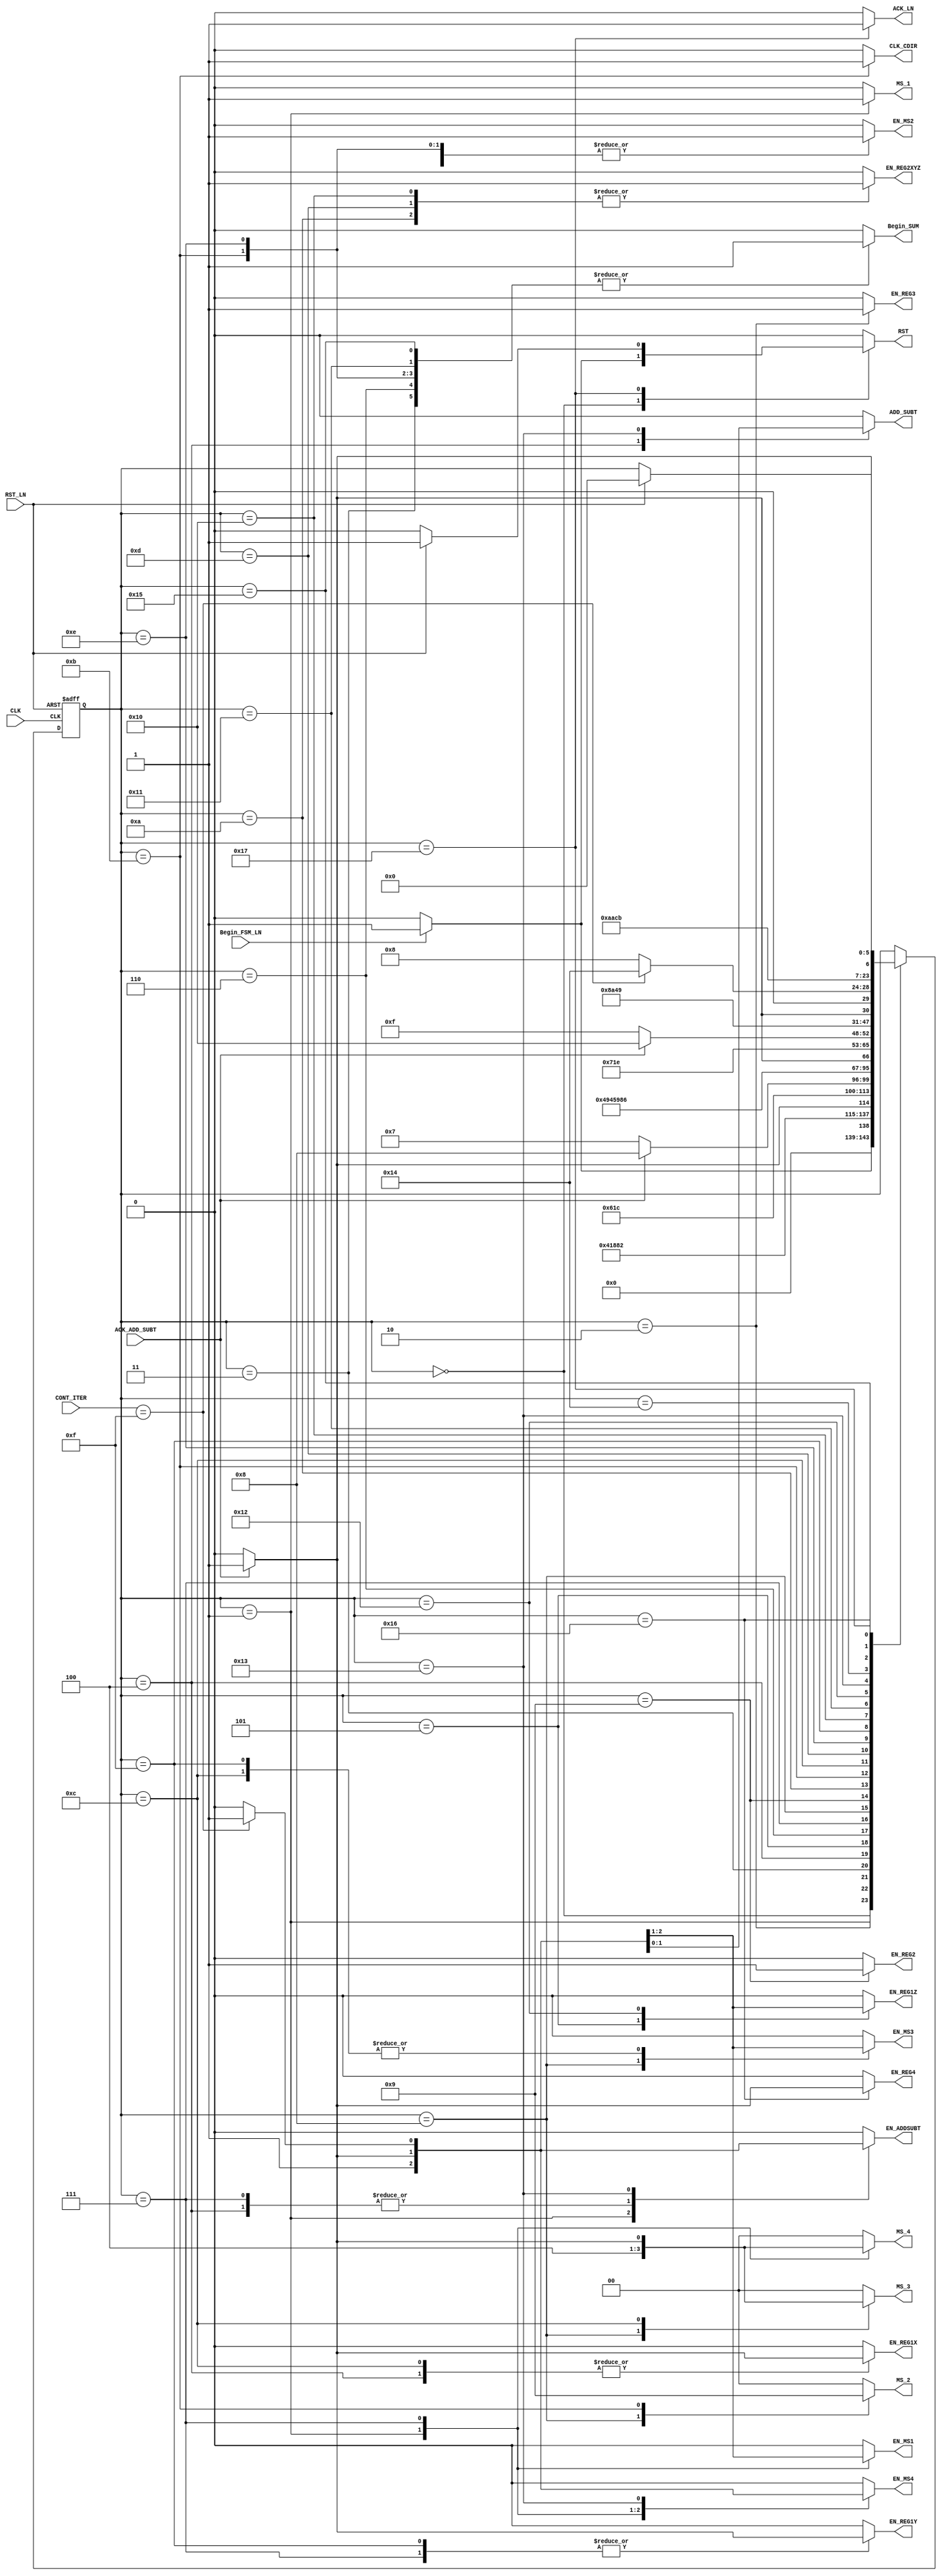
`timescale 1ns / 1ps
//////////////////////////////////////////////////////////////////////////////////
// Company: 
// Engineer: 
// 
// Design Name: 
// Module Name: FSM_C_CORDIC
// Project Name: 
// Target Devices: 
// Tool Versions: 
// Description: 
// 
// Dependencies: 
// 
// Revision:
// Revision 0.01 - File Created
// Additional Comments:
// 
//////////////////////////////////////////////////////////////////////////////////


module FSM_C_CORDIC_L(
		//INPUTS
		input wire CLK, //system clock
		input wire RST_LN, //system reset 
		input wire ACK_ADD_SUBT, // RECIBE SI LA SUMA EN FLOTANTE SE EJECUTO 
		input wire Begin_FSM_LN, //inicia la maquina de estados 
		input wire [4:0] CONT_ITER, //LLEVA LA CUENTA DE LA ITERACIONES 
		
		//OUTPUT SIGNALS
		output reg RST, //REALIZA EL RESET DE LOS REGISTROS 
        output reg MS_1,// SELECCION DEL MUX 1 
        output reg EN_REG3,  // ENABLE PARA EL REGISTRO 3 CON EL VALOR INICIAL DE T ESCALADO POR 16
        output reg EN_REG4, // ENABLE PARA EL REG 4 DEL RESULTADO FINAL 
        output reg [1:0] MS_4, //SELECCION PARA LOS MUX 4
        output reg ADD_SUBT, // SELECCION DE OPERACION PARA EL ADD/SUBT FLOTANTE 
        output reg Begin_SUM, //INICIA ADD/SUM FLOTANTE 
        output reg EN_REG1X, // ENABLE PARA EL REGISTRO X DE LA PRIMERA ETAPA 
        output reg EN_REG1Z, //ENABLE PARA EL REGISTRO Z DE LA PRIMERA ETAPA
        output reg EN_REG1Y, // ENABLE PARA EL REGISTRO Y DE LA PRIMERA ETAPA 
        output reg [1:0] MS_2, // SELECCION DEL MUX 2
        output reg [1:0] MS_3, // SELECCION DEL MUX 3
        output reg EN_REG2, // ENABLE PARA EL REGISTRO CON LOS VALORES DESPLAZADOS DE LA SEGUNDA ETAPA 
        output reg CLK_CDIR, //CLK PARA EL CONTADOR DE ITERACIONES 
        output reg EN_REG2XYZ,// ENABLE PARA EL VALOR ANTERIOR DE XYZ DE SEGUNDA ETAPA 
        output reg ACK_LN, //ACK PARA SABER SI LA OPERACION LN YA SE REALIZO 
        //registros de selectores
        output reg EN_ADDSUBT,
        output reg EN_MS1,
        output reg EN_MS2,
        output reg EN_MS3,
        output reg EN_MS4
	 );


parameter [5:0] 
    //se definen los estados que se utilizaran en la maquina
					 a = 6'd0,
				     b = 6'd1,
					 c = 6'd2,
					 d = 6'd3,
					 e = 6'd4,
					 f = 6'd5,
					 g = 6'd6, 
					 h = 6'd7,   
					 i = 6'd8,
					 j = 6'd9, 
					 k = 6'd10,                          
					 l = 6'd11,  
					 m = 6'd12,
					 n = 6'd13,
					 o = 6'd14,
					 p = 6'd15, 
					 q = 6'd16, 
					 r = 6'd17,
					 s = 6'd18, 
					 t = 6'd19,
                     u = 6'd20,  
					 v = 6'd21, 
					 w = 6'd22,
					 x = 6'd23,
					 y = 6'd24,
	                 z = 6'd25;
					
reg [5:0] state_reg, state_next ; //state registers declaration

////
always @(posedge CLK, posedge RST_LN)
	if (RST_LN) begin
		state_reg <= a;	
	end
	else begin
		state_reg <= state_next;
	end

//assign State = state_reg;
///	
always @*
	begin
	state_next = state_reg;
	
	EN_REG2 = 0;
    EN_REG3 = 0;
    EN_REG4 = 0;
    EN_REG1X = 0;
    EN_REG1Y = 0;
    EN_REG1Z = 0;
    EN_REG2XYZ = 0;
    Begin_SUM = 0;
    ACK_LN = 0;
    CLK_CDIR = 0;
    RST = 0;
    MS_1 = 0;
    MS_2 = 2'b00;
    MS_3 = 2'b00;
    MS_4 = 2'b00;
    
    ADD_SUBT = 0;
    EN_ADDSUBT = 0;
    EN_MS1 = 0;
    EN_MS2 = 0;
    EN_MS3 = 0;
    EN_MS4 = 0;
    //nuevos estados 
    
    
    
case(state_reg)
            a: 
            begin
                
                if(Begin_FSM_LN) 
                    begin
                    RST = 1;
                    ACK_LN = 0; 
                    state_next = b;
                    
                    end
                else
                    state_next = a;
            end
            
            b:
            begin
                MS_1 = 1;
                EN_MS1 = 1;
                MS_4 = 2'b10;
                EN_MS4 = 1;
                ADD_SUBT = 0;
                EN_ADDSUBT = 1;//
                state_next = c;
            end
            
            
            c:
            begin
                EN_REG3 = 1;
                state_next = d;
            end
        
            d:
            begin
                Begin_SUM = 1;
                state_next = e;
            end
            
            e:
            begin
                
                if(ACK_ADD_SUBT)
                    begin 
                    EN_REG1X = 1;
                    ADD_SUBT = 1;
                    EN_ADDSUBT = 1;
                    state_next = f;
                    end
                else
                    state_next = e;
            end
            
            f:
            begin
                EN_REG1Z = 1;
                state_next = g;
            end
            
            g:
            begin
                Begin_SUM = 1;
                state_next = h;
            end
                             
            h:
            begin
                            
                if(ACK_ADD_SUBT)
                    begin 
                    EN_REG1Y = 1;
                    MS_1 = 0;
                    EN_MS1 = 1;
                    MS_4 = 2'b01;
                    EN_MS4 = 1;
                    ADD_SUBT = 0;
                    EN_ADDSUBT = 1;//
                    state_next = i;
                    end
                else
                   state_next = h;
            end
            
            i:
            begin
                MS_2 = 2'b10;
                EN_MS2 = 1;
                MS_3 = 2'b10;
                EN_MS3 = 1;

                state_next = j;
            end
            
                        
            j:
            begin
                EN_REG2 = 1;
                state_next = k;
            end
    
            k:
            begin
                EN_REG2XYZ = 1;
                state_next = l;
            end
            
            l:
            begin
                Begin_SUM = 1;
                EN_MS2 = 1;
                CLK_CDIR = 1;
                MS_2 = 2'b01;
                state_next = m;
            end

            m:
            begin
                            
                if(ACK_ADD_SUBT)
                   begin 
                   EN_REG1X = 1;
                   MS_3 = 2'b01;
                   EN_MS3 = 1;
                   state_next = n;
                   end
                else
                   state_next = m;
            end 
            ///////////////////////////////////////
            n:
            begin
                EN_REG2XYZ = 1;
                state_next = o;
            end          
            
            o:
            begin
                Begin_SUM = 1;
                EN_MS2 = 1;
                MS_2 = 2'b00;
                state_next = p;
            end
            
            p:
            begin
                           
                if(ACK_ADD_SUBT)
                    begin 
                    EN_REG1Y = 1;
                    MS_3 = 2'b00;
                    EN_MS3 = 1;
                    state_next = q;
                    end
                else
                   state_next = p;
            end  
    
            q:
            begin
                EN_REG2XYZ = 1;
                state_next = r;
            end          
            
            r:
            begin
                Begin_SUM = 1;
                state_next = s;
            end  
            
            s:
            begin
                
                if(ACK_ADD_SUBT)
                    begin 
                    EN_REG1Z = 1;
                    state_next = t;
                    end
                else
                   state_next = s;
            end        
    
            t:
            begin
                           
                if(CONT_ITER == 5'b01111 )//if(CONT_ITER == 5'b01111 ) //15 iteraciones
                    begin 
                    MS_4 = 2'b00;
                    EN_MS4 = 1;
                    ADD_SUBT = 1;
                    EN_ADDSUBT = 1; 
                    state_next = u;
                    end
                else
                   state_next = i;
            end      
            
            u:
            begin
               state_next = v;
            end          
            
            v:
            begin
                Begin_SUM = 1;
                state_next = w;
            end 
     
            w:
            begin
                
                if(ACK_ADD_SUBT)
                   begin 
                   EN_REG4 = 1;
                   state_next = x;
                   end
                else
                   state_next = w;
            end 
    
            x:
            begin
                ACK_LN = 1;
                if(RST_LN)
                    begin 
                    RST = 1; 
                    state_next = a;
                    end
            end
        endcase
end

	
endmodule